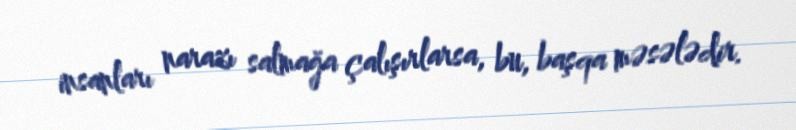
insanları narazı salmağa çalışırlarsa, bu, başqa məsələdir.